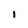
Character: I